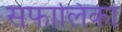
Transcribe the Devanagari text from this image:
सफालिका